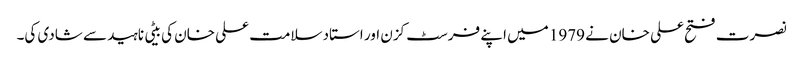
نصرت فتح علی خان نے 1979 میں اپنے فرسٹ کزن اور استاد سلامت علی خان کی بیٹی ناہید سے شادی کی۔